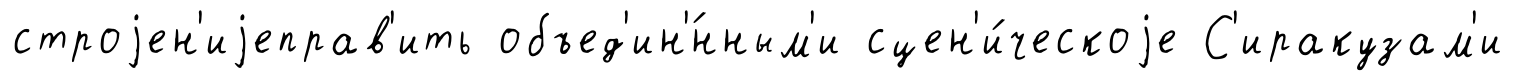
строjен'иjеправ'ить объед'ин'́нным'и сцен'и́ческоjе С'иракузам'и